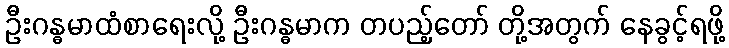
ဦးဂန္ဓမာထံစာရေးလို့ ဦးဂန္ဓမာက တပည့်တော် တို့အတွက် နေခွင့်ရဖို့